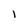
Character: 1